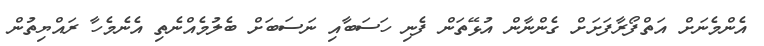
އެންމެނަށް އަތްފޯރާފަށަށް ގެންނާން އުޅޭތަން ފެނި ހަސަބާއި ނަސަބަށް ބެލުމެއްނެތި އެނެމެހާ ރައްޔިތުން